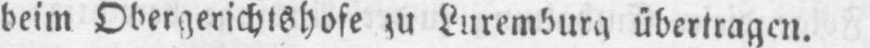
beim Obergerichtshofe zu Luxemburg übertragen.